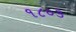
૧૮૦૩